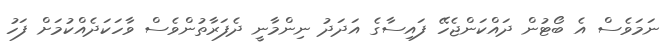
ނަމަވެސް އެ ބޯޓުން ދައްކަންޖެހޭ ފައިސާގެ އަދަދު ނިންމާނީ ދެފަރާތުންވެސް ވާހަކަދެއްކުމަށް ފަހު